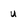
Character: u